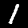
Digit: 1